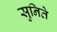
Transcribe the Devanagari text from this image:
सुनिते